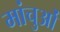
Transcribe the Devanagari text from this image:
मांचुओं